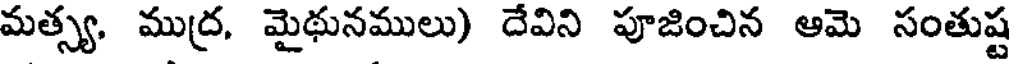
మత్స్య, ముద్ర, మైథునములు) దేవిని పూజించిన ఆమె సంతుష్ట